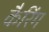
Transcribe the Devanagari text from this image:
कैरिंग